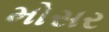
મોસર